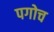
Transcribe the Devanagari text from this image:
पगोच